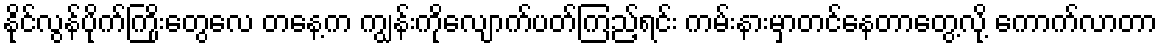
နိုင်လွန်ပိုက်ကြိုးတွေလေ တနေ့က ကျွန်းကိုလျောက်ပတ်ကြည့်ရင်း ကမ်းနားမှာတင်နေတာတွေ့လို့ ကောက်လာတာ